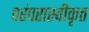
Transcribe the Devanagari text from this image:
परंपरास्वीकृत